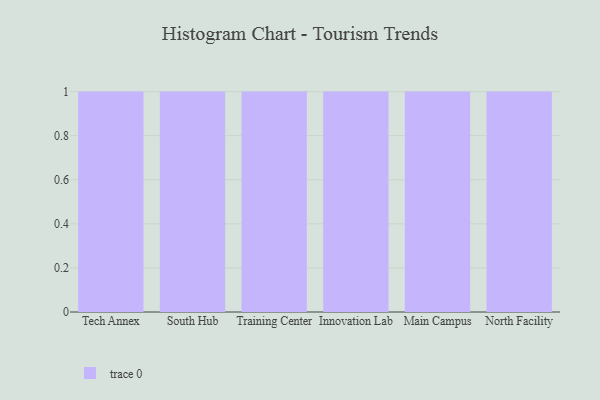
{"axis": {"x": "Campus", "y": "Temperature (°C)"}, "legend": [""], "data": [{"x": "Tech Annex", "y": 90, "type": ""}, {"x": "South Hub", "y": 33, "type": ""}, {"x": "Training Center", "y": 38, "type": ""}, {"x": "Innovation Lab", "y": 75, "type": ""}, {"x": "Main Campus", "y": 19, "type": ""}, {"x": "North Facility", "y": 78, "type": ""}]}